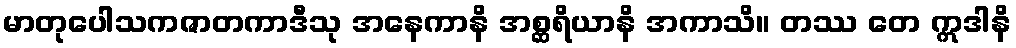
မာတုပေါသကဇာတကာဒီသု အနေကာနိ အစ္ဆရိယာနိ အကာသိ။ တဿ တေ ဣဒါနိ